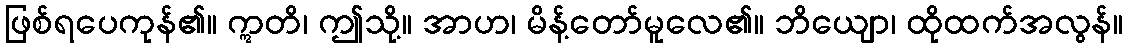
ဖြစ်ရပေကုန်၏။ ဣတိ၊ ဤသို့။ အာဟ၊ မိန့်တော်မူလေ၏။ ဘိယျော၊ ထိုထက်အလွန်။